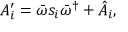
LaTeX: A _ { i } ^ { \prime } = \bar { \omega } s _ { i } \bar { \omega } ^ { \dagger } + \hat { A } _ { i } ,